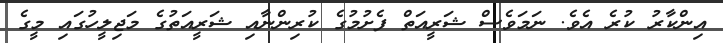
އިންކާރު ކުރެ އެވެ. ނަމަވެސް ޝަރީއަތް ފެށުމުގެ ކުރިންނާއި ޝަރީއަތުގެ މަޖިލީހުގައި މީގެ